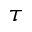
\tau